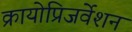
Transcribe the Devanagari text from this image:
क्रायोप्रिजर्वेशन